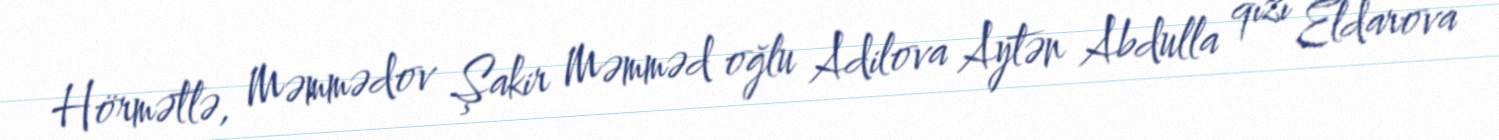
Hörmətlə, Məmmədov Şakir Məmməd oğlu Adilova Aytən Abdulla qızı Eldarova